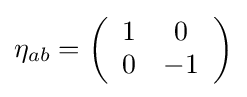
\eta _{ab}=\left({\begin{array}{cc}1&0\\0&-1\end{array}}\right)